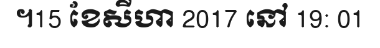
។15 ខែសីហា 2017 នៅ 19: 01